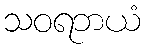
သဝရဘယံ